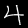
Digit: 4